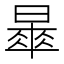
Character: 𣊚